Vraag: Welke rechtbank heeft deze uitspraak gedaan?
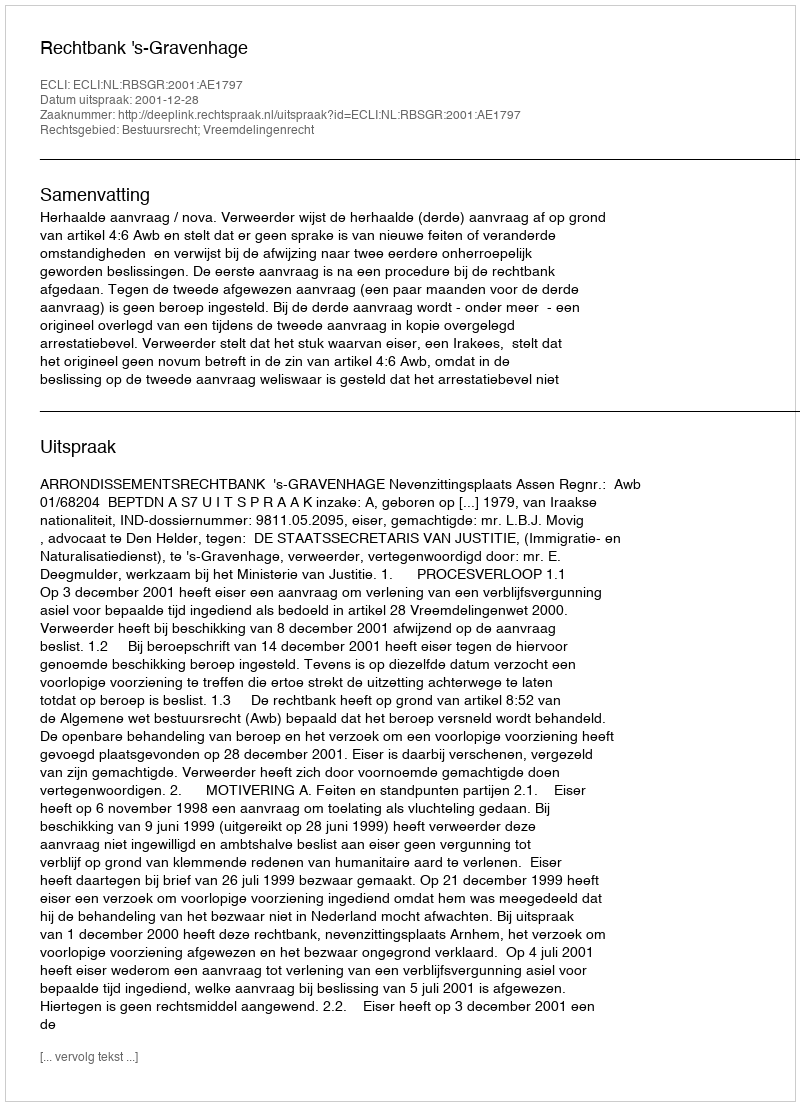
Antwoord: Rechtbank 's-Gravenhage